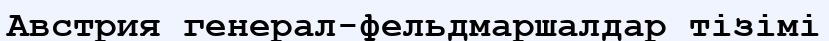
Австрия генерал-фельдмаршалдар тізімі